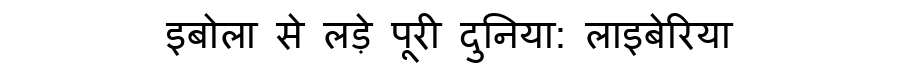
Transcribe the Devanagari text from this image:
इबोला से लड़े पूरी दुनिया: लाइबेरिया